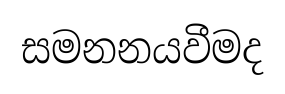
සමනනයවීමද